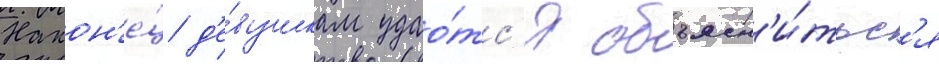
Након'е́ц д'е́вушкам удао́тс'я объясн'и́тьс'я